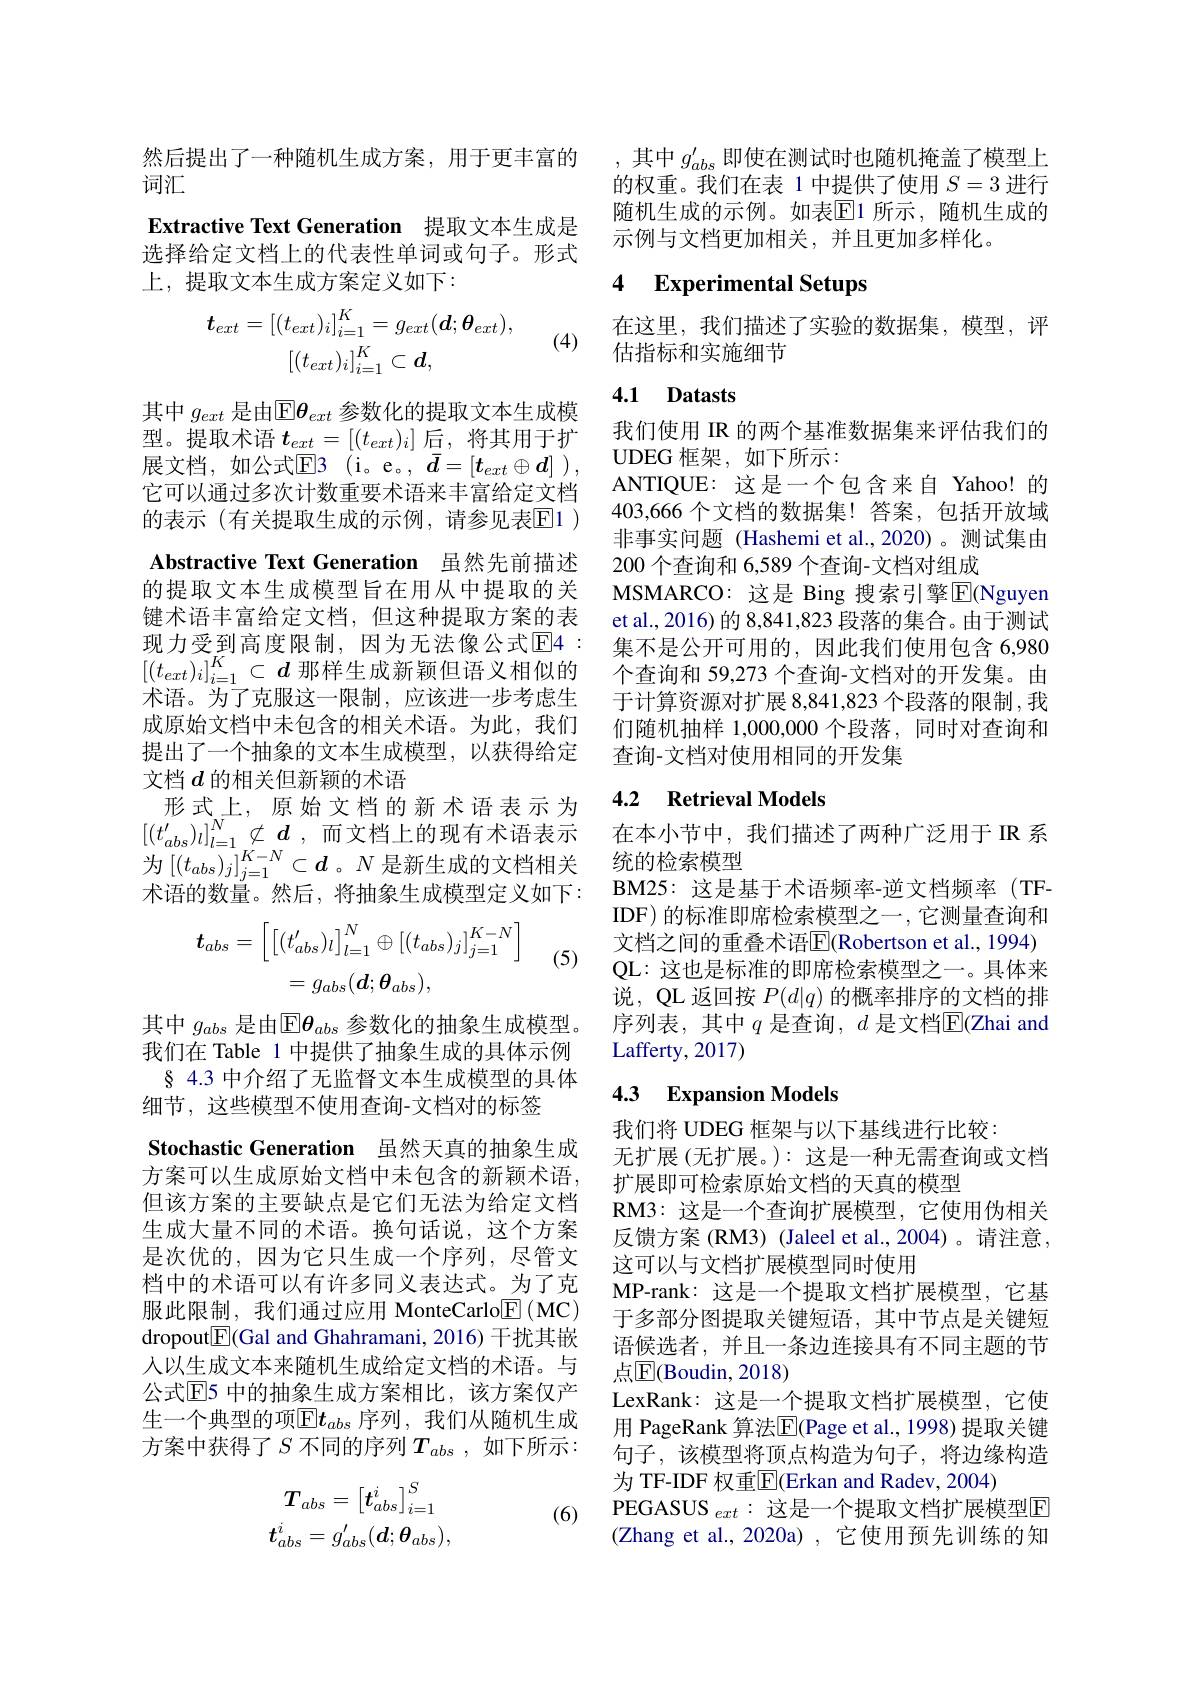
然后提出了一种随机生成方案，用于更丰富的
词汇
Extractive Text Generation 提取文本生成是选择给定文档上的代表性单词或句子。形式上，提取文本生成方案定义如下：
$$\boldsymbol{t}_{ext}=[(t_{ext})_{i}]_{i=1}^{K}=g_{ext}(\boldsymbol{d};\boldsymbol{\theta}_{ext}),\\[(t_{ext})_{i}]_{i=1}^{K}\subset d,$$
(4)

Abstractive Text Generation 虽然先前描述

其中$g_{ext}$是由$\mathbb{E}\boldsymbol{\theta}_{ext}$参数化的提取文本生成模型。提取术语$t_ext=[(t_{ext})_i]$后，将其用于扩展文档，如公式$\mathbb{E}$3 (i。e。, $\bar{d} = [ t_{ext}\oplus \boldsymbol{d}]$ ), 它可以通过多次计数重要术语来丰富给定文档的表示 (有关提取生成的示例，请参见表$\overline{\mathrm{E}}1)$ 的提取文本生成模型旨在用从中提取的关键术语丰富给定文档，但这种提取方案的表现力受到高度限制，因为无法像公式$\overline{\mathrm{E}}$4: $\left[(t_{ext})_i\right]_{i=1}^K\subset d$那样生成新颖但语义相似的术语。为了克服这一限制，应该进一步考虑生成原始文档中未包含的相关术语。为此，我们提出了一个抽象的文本生成模型，以获得给定文档$d$的相关但新颖的术语
形式上，原始文档的新术语表示为$\left [ ( t_{abs}^{\prime }) _l\right ] _{l= 1}^N\nsubseteq d$ ,而文档上的现有术语表示为$\left[(t_{abs})_{j}\right]_{j=1}^{K-N}\subset\boldsymbol{d}$。$N$是新生成的文档相关术语的数量。然后，将抽象生成模型定义如下：
$$\boldsymbol{t}_{abs}=\left[\left[(t_{abs}')_{l}\right]_{l=1}^{N}\oplus[(t_{abs})_{j}]_{j=1}^{K-N}\right]\\=g_{abs}(\boldsymbol{d};\boldsymbol{\theta}_{abs}),$$
(5)

其中$g_{abs}$是由$\overline{\mathbb{E}}\boldsymbol{\theta}_{abs}$参数化的抽象生成模型。我们在 Table 1 中提供了抽象生成的具体示例§ 4.3 中介绍了无监督文本生成模型的具体细节，这些模型不使用查询-文档对的标签
Stochastic Generation 虽然天真的抽象生成方案可以生成原始文档中未包含的新颖术语， 但该方案的主要缺点是它们无法为给定文档生成大量不同的术语。换句话说，这个方案是次优的，因为它只生成一个序列，尽管文档中的术语可以有许多同义表达式。为了克服此限制，我们通过应用 MonteCarlo$\underline {\mathrm{E} }( \mathbf{MC})$ dropout$\boxed{\mathbb{E}}$(Gal and Ghahramani, 2016) 干扰其嵌人以生成文本来随机生成给定文档的术语。与公式$\overline{\mathrm{E}}$5 中的抽象生成方案相比，该方案仅产生一个典型的项$\overline{\mathrm{E}}\boldsymbol{t}_{abs}$ 序列，我们从随机生成方案中获得了$S$ 不同的序列$T_abs$,如下所示：

(6)
$$T_{abs}=\left[\boldsymbol{t}_{abs}^{i}\right]_{i=1}^{S}\\t_{abs}^{i}=g_{abs}^{\prime}(\boldsymbol{d};\boldsymbol{\theta}_{abs}),$$
,其中$g_{abs}^{\prime}$即使在测试时也随机掩盖了模型上的权重。我们在表 1 中提供了使用$S=3$进行随机生成的示例。如表$\overline{\mathrm{E}}$1 所示，随机生成的示例与文档更加相关，并且更加多样化。

### 4 $\textbf{Experimental Setups}$

在这里，我们描述了实验的数据集，模型，评
估指标和实施细节

## 4.1 Datasts

我们使用 IR 的两个基准数据集来评估我们的
UDEG 框架，如下所示：
ANTIQUE: 这是一个包含来自 Yahoo! 的403,666 个文档的数据集！答案，包括开放域非事实问题 (Hashemi et al.,2020)。测试集由200 个查询和 6,589 个查询-文档对组成
MSMARCO: 这是 Bing 搜索引擎$\overline{\mathrm{E}}$(Nguyen et al., 2016) 的 8,841,823 段落的集合。由于测试集不是公开可用的，因此我们使用包含 6,980个查询和 59,273 个查询-文档对的开发集。由于计算资源对扩展 8,841,823 个段落的限制 ,我们随机抽样 1,000,000个段落，同时对查询和查询-文档对使用相同的开发集

## 4.2 Retrieval Models

在本小节中，我们描述了两种广泛用于 IR 系
统的检索模型
BM25: 这是基于术语频率-逆文档频率(TFIDF) 的标准即席检索模型之一，它测量查询和文档之间的重叠术语$\overline{\mathrm{E}}($Robertson et al., 1994) QL: 这也是标准的即席检索模型之一。具体来说，QL 返回按$P(d|q)$的概率排序的文档的排序列表，其中$q$是查询，$d$是文档E$( Zhai$ and Lafferty, 2017)

# 4.3 Expansion Models

我们将 UDEG 框架与以下基线进行比较：
无扩展 (无扩展。): 这是一种无需查询或文档
扩展即可检索原始文档的天真的模型
RM3:这是一个查询扩展模型，它使用伪相关反馈方案 (RM3) (Jaleel et al., 2004)。请注意， 这可以与文档扩展模型同时使用
MP-rank: 这是一个提取文档扩展模型，它基于多部分图提取关键短语，其中节点是关键短语候选者，并且一条边连接具有不同主题的节点$\mathbb{E}($Boudin, 2018)
LexRank: 这是一个提取文档扩展模型，它使用 PageRank 算法$\overline{\mathrm{E}}($Page et al., 1998) 提取关键句子，该模型将顶点构造为句子，将边缘构造为 TF-IDF 权重$\overline{\mathrm{E}}($Erkan and Radev, 2004)
PEGASUS $_ext:$这是一个提取文档扩展模型E (Zhang et al.,2020a), 它使用预先训练的知